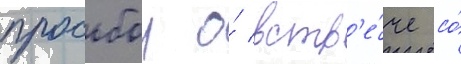
просьбои о́ встр'е́че со́